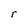
Character: r